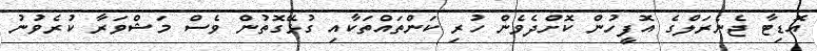
އޮޑިޓާ ޖެނެރަލްގެ އޮފީހުން ކޮށްދެވެން ހުރި ކަންތައްތަކާއި ގުޅޭގޮތުން ވެސް މަޝްވަރާ ކުރެވުނު